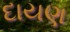
દાયણ